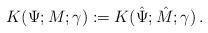
LaTeX: \begin{align*}K(\Psi;M;\gamma) := K(\hat{\Psi};\hat{M};\gamma) \,.\end{align*}